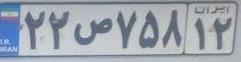
۲۲ص۷۵۸۱۲